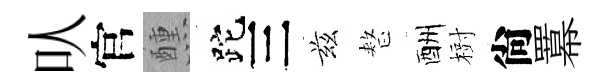
㕥官醺跎三兹整酬𣗳尙羃